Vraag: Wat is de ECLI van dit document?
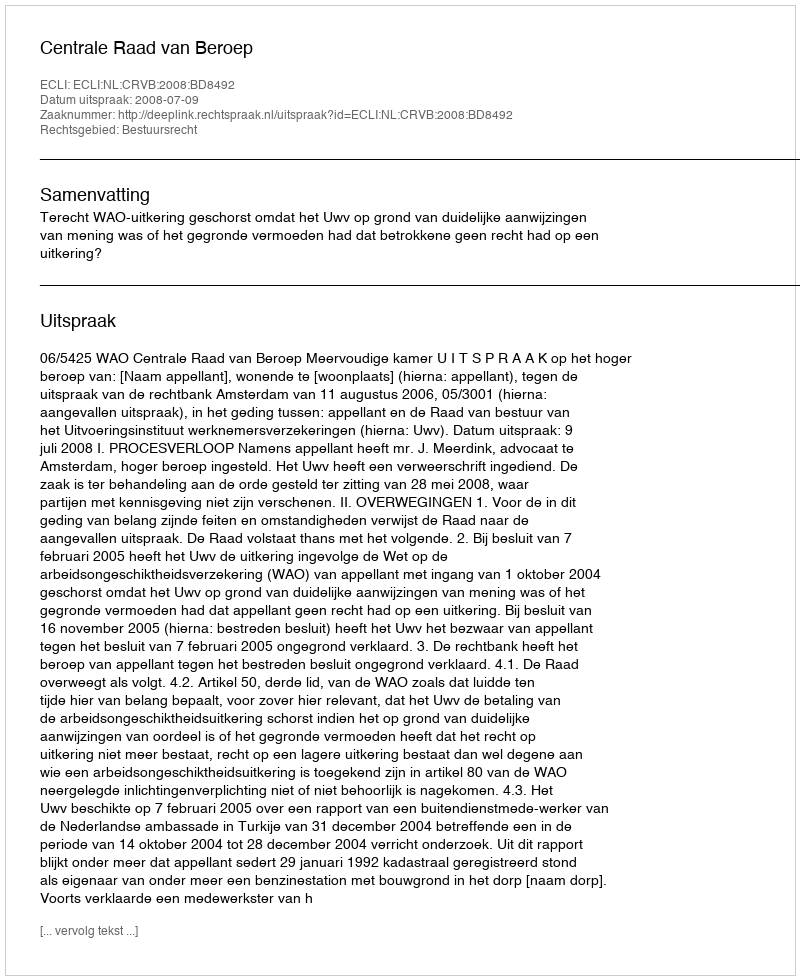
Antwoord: ECLI:NL:CRVB:2008:BD8492